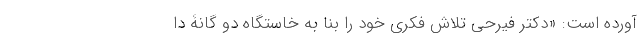
آورده است: «دکتر فیرحی تلاش فکری خود را بنا به خاستگاه دو گانۀ دا